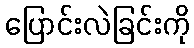
ပြောင်းလဲခြင်းကို